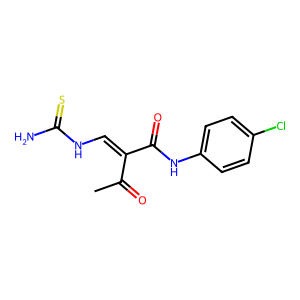
SMILES: CC(=O)C(=CNC(N)=S)C(=O)Nc1ccc(Cl)cc1
Inhibits HIV replication: No